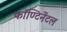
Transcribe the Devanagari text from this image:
कॉण्टिनेंटल